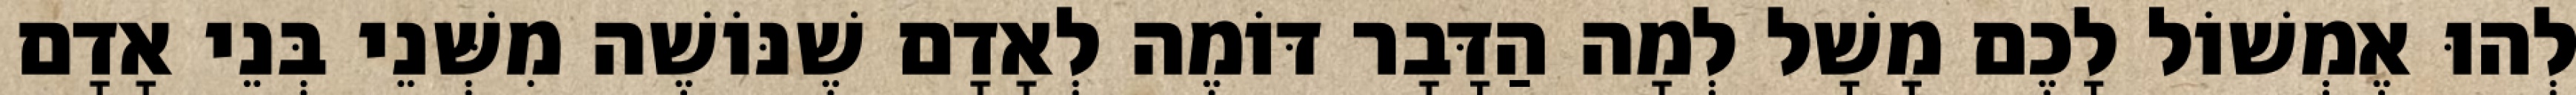
לְהוּ אֶמְשׁוֹל לָכֶם מָשָׁל לְמָה הַדָּבָר דּוֹמֶה לְאָדָם שֶׁנּוֹשֶׁה מִשְּׁנֵי בְּנֵי אָדָם